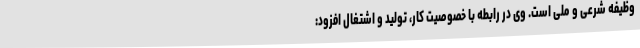
وظیفه شرعی و ملی است. وی در رابطه با خصوصیت کار، تولید و اشتغال افزود: